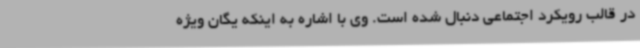
در قالب رویکرد اجتماعی دنبال شده است. وی با اشاره به اینکه یگان ویژه